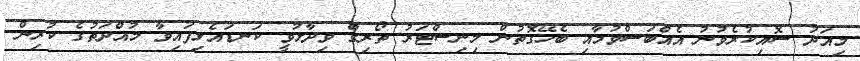
މިއަދު ސޮއިކުރެވުނު އެއްބަސްވުމާއި ބެހޭގޮތުން މިނިސްޓަރު ތޯރިގް ވިދާޅުވީ ކަނޑައެޅިފައިވާ މުއްދަތުގެ ކުރިން